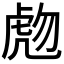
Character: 虝